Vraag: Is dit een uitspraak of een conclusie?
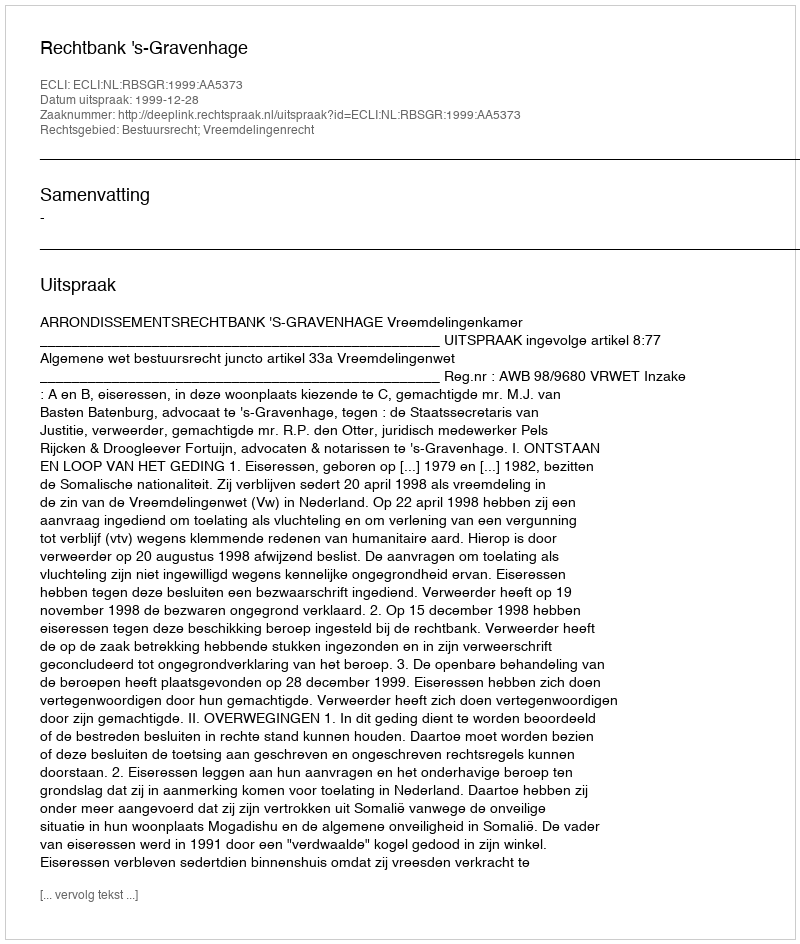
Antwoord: Uitspraak